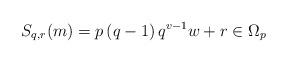
LaTeX: \begin{align*}S_{q,r}(m) = p \left(q - 1 \right) q^{v-1} w + r \in \Omega_p \end{align*}